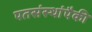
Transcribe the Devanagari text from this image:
पतसंस्थांपैकी